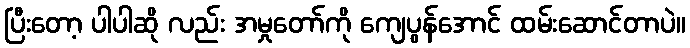
ပြီးတော့ ပါပါဆို လည်း အမှုတော်ကို ကျေပွန်အောင် ထမ်းဆောင်တာပဲ။